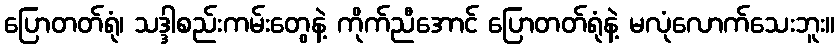
ပြောတတ်ရုံ၊ သဒ္ဒါစည်းကမ်းတွေနဲ့ ကိုက်ညီအောင် ပြောတတ်ရုံနဲ့ မလုံလောက်သေးဘူး။